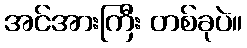
အင်အားကြီး တစ်ခုပဲ။